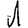
Digit: 1